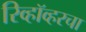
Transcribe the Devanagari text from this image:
रिव्हॉव्हरचा